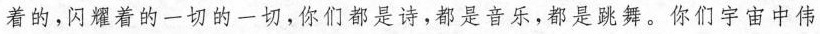
着的，闪耀着的一切的一切，你们都是诗，都是音乐，都是跳舞。你们宇宙中伟